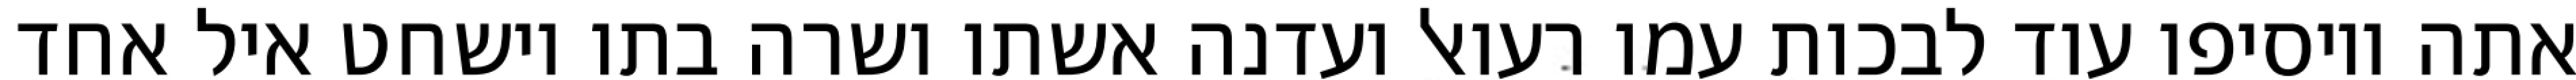
אתה ויוסיפו עוד לבכות עמו רעואל ועדנה אשתו ושרה בתו וישחט איל אחד